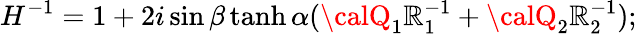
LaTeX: H^{-1}=1+2i\sin\beta\operatorname{tanh}\alpha({\calQ}_{1}\mathbb{R}_{1}^{-1}+{\calQ}_{2}\mathbb{R}_{2}^{-1});